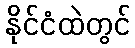
နိုင်ငံထဲတွင်